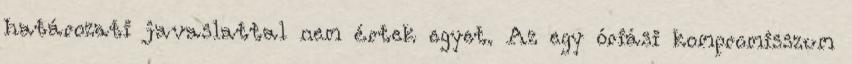
határozati javaslattal nem értek egyet. Az egy óriási kompromisszum